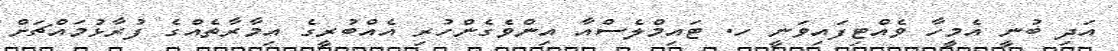
އަދި ބުނީ އެމީހާ ވެއްޓިފައިވަނީ ހ. ޓައިމްލެސްއާ އިންވެގެންހުރި އެއްބުރީގެ އިމާރާތެއްގެ ފުރާޅުމައްޗަށް